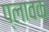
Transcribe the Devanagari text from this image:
प्लावक